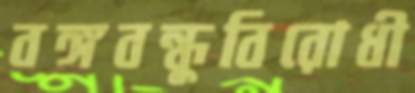
বঙ্গবন্ধুবিরোধী